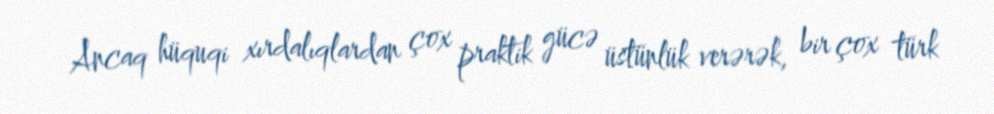
Ancaq hüquqi xırdalıqlardan çox praktik gücə üstünlük verərək, bir çox türk